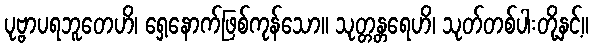
ပုဗ္ဗာပရဘူတေဟိ၊ ရှေ့နောက်ဖြစ်ကုန်သော။ သုတ္တန္တရေဟိ၊ သုတ်တစ်ပါးတို့နှင့်။